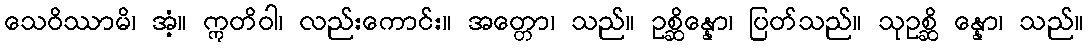
သေဝိဿာမိ၊ အံ့။ ဣတိဝါ၊ လည်းကောင်း။ အတ္တော၊ သည်။ ဥစ္ဆိန္နော၊ ပြတ်သည်။ သုဥစ္ဆိ န္နော၊ သည်။